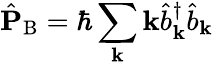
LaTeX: \hat{\mathbf{P}}_{\mathrm{B}}=\hbar\sum_{\mathbf{k}}\mathbf{k}\hat{b}_{\mathbf{k}}^{\dagger}\hat{b}_{\mathbf{k}}